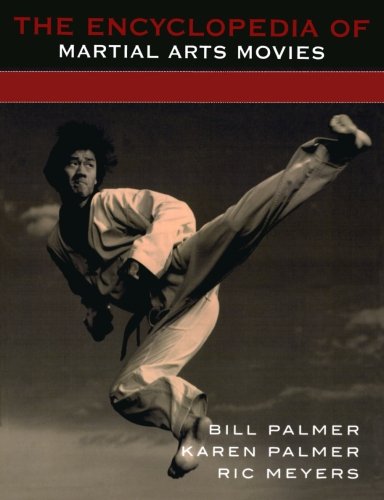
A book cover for The Encyclopedia of Martial Arts Movies; Bill Palmer; Humor & Entertainment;